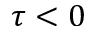
\tau < 0